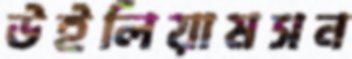
উইলিয়ামসন